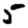
Digit: 5